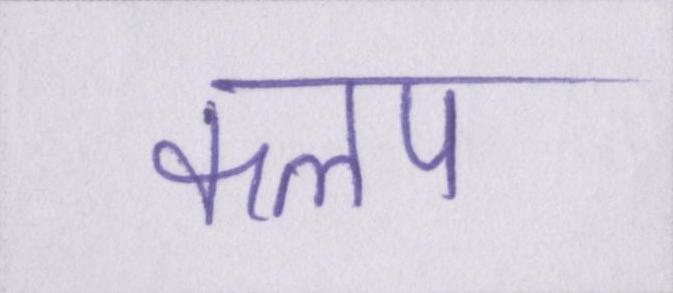
कलप